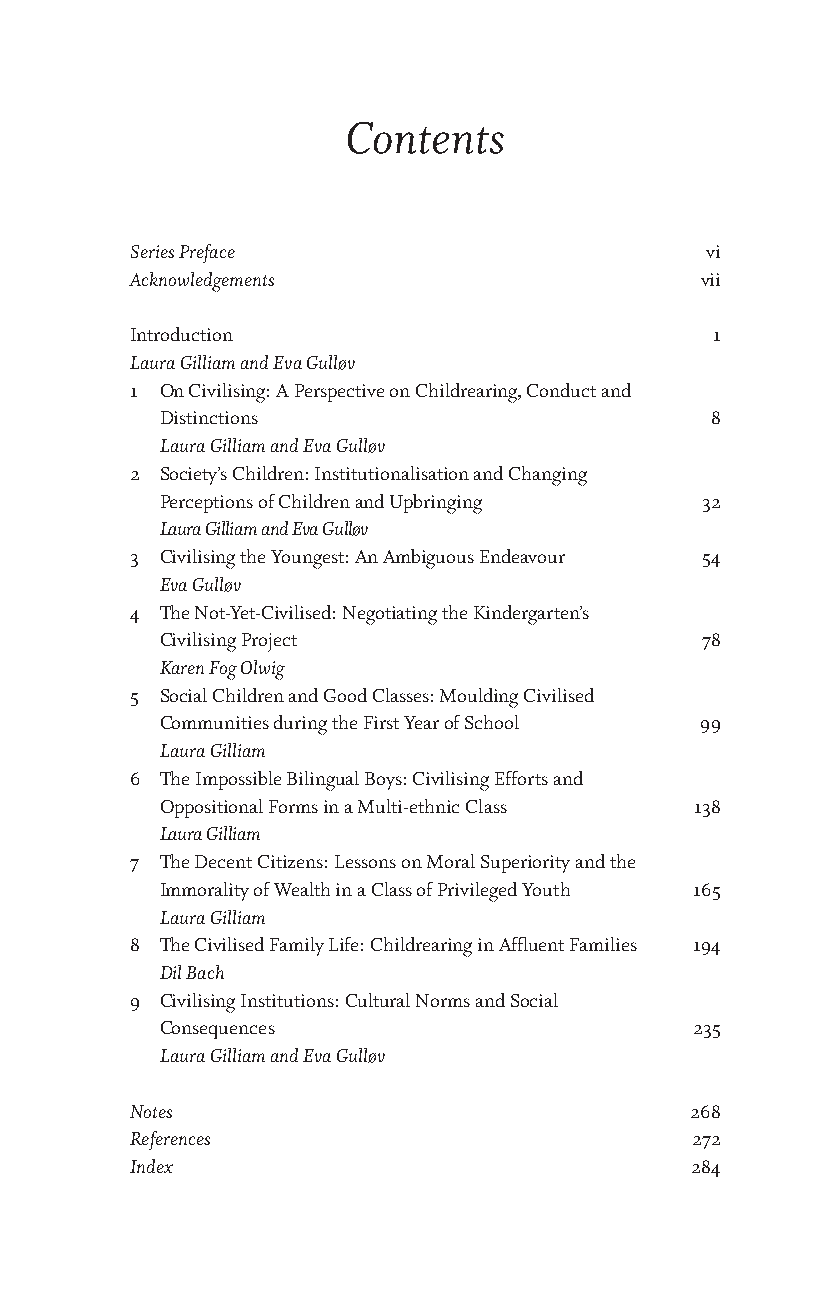
Contents
 Series Preface                        vi
 Acknowledgements                     vii
 Introduction                          1
 Laura Gilliam and Eva Gulløv
 1 On Civilising: A Perspective on Childrearing, Conduct and
 Distinctions                        8
 Laura Gilliam and Eva Gulløv
 2 Society’s Children: Institutionalisation and Changing
 Perceptions of Children and Upbringing 32
 Laura Gilliam and Eva Gulløv
 3 Civilising the Youngest: An Ambiguous Endeavour 54
 Eva Gulløv
 4 The Not-Yet-Civilised: Negotiating the Kindergarten’s
 Civilising Project                 78
 Karen Fog Olwig
 5 Social Children and Good Classes: Moulding Civilised
 Communities during the First Year of School 99
 Laura Gilliam
 6 The Impossible Bilingual Boys: Civilising Efforts and
 Oppositional Forms in a Multi-ethnic Class 138
 Laura Gilliam
 7 The Decent Citizens: Lessons on Moral Superiority and the
 Immorality of Wealth in a Class of Privileged Youth 165
 Laura Gilliam
 8 The Civilised Family Life: Childrearing in Affluent Families 194
 Dil Bach
 9 Civilising Institutions: Cultural Norms and Social
 Consequences                       235
 Laura Gilliam and Eva Gulløv
 Notes                                268
 References                           272
 Index                                284